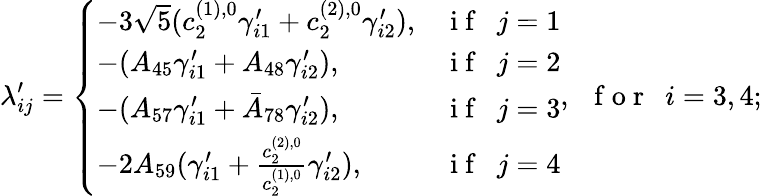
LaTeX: \lambda_{ij}^{\prime}=\left\{ \begin{array}{ll}{-3\sqrt{5}(c_{2}^{(1),0}\gamma_{i1}^{\prime}+c_{2}^{(2),0}\gamma_{i2}^{\prime}),}&{\mathrm{~i~f~~~}j=1}\\ {-(A_{45}\gamma_{i1}^{\prime}+A_{48}\gamma_{i2}^{\prime}),}&{\mathrm{~i~f~~~}j=2}\\ {-(A_{57}\gamma_{i1}^{\prime}+\bar{A}_{78}\gamma_{i2}^{\prime}),}&{\mathrm{~i~f~~~}j=3}\\ {-2A_{59}(\gamma_{i1}^{\prime}+\frac{c_{2}^{(2),0}}{c_{2}^{(1),0}}\gamma_{i2}^{\prime}),}&{\mathrm{~i~f~~~}j=4}\end{array}\right.,\mathrm{~~~f~o~r~~~}i=3,4;